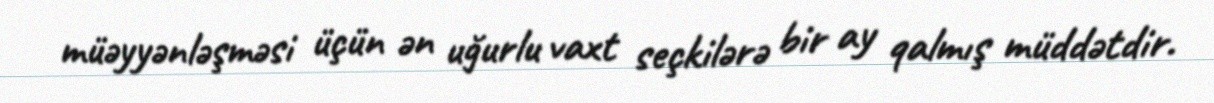
müəyyənləşməsi üçün ən uğurlu vaxt seçkilərə bir ay qalmış müddətdir.